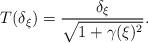
LaTeX: \begin{align*} T(\delta_\xi)= \frac{\delta_\xi}{\sqrt{1+\gamma(\xi)^2}}.\end{align*}